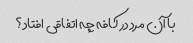
با آن مرد در کافه چه اتفاقی افتاد؟